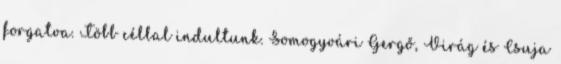
forgatva. Több céllal indultunk. Somogyvári Gergő, Virág és Csuja